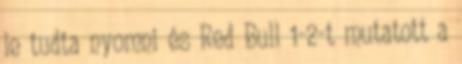
le tudta nyomni és Red Bull 1-2-t mutatott a